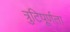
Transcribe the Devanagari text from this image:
त्रुटिपूर्णता